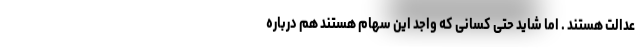
عدالت هستند . اما شاید حتی کسانی که واجد این سهام هستند هم درباره